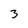
Character: 3